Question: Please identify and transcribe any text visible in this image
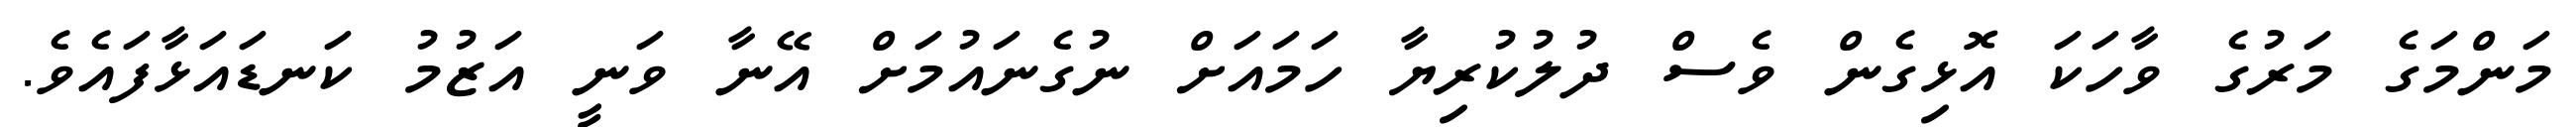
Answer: މަންމަގެ މަރުގެ ވާހަކަ އޮޅިގެން ވެސް ދުލުކުރިޔާ ހަމައަށް ނުގެނައުމަށް އޭނާ ވަނީ އަޒުމު ކަނޑައަޅާފައެވެ.